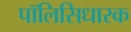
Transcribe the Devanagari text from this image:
पॉलिसिधारक